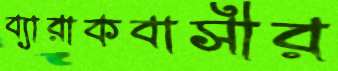
ব্যারাকবাসীর